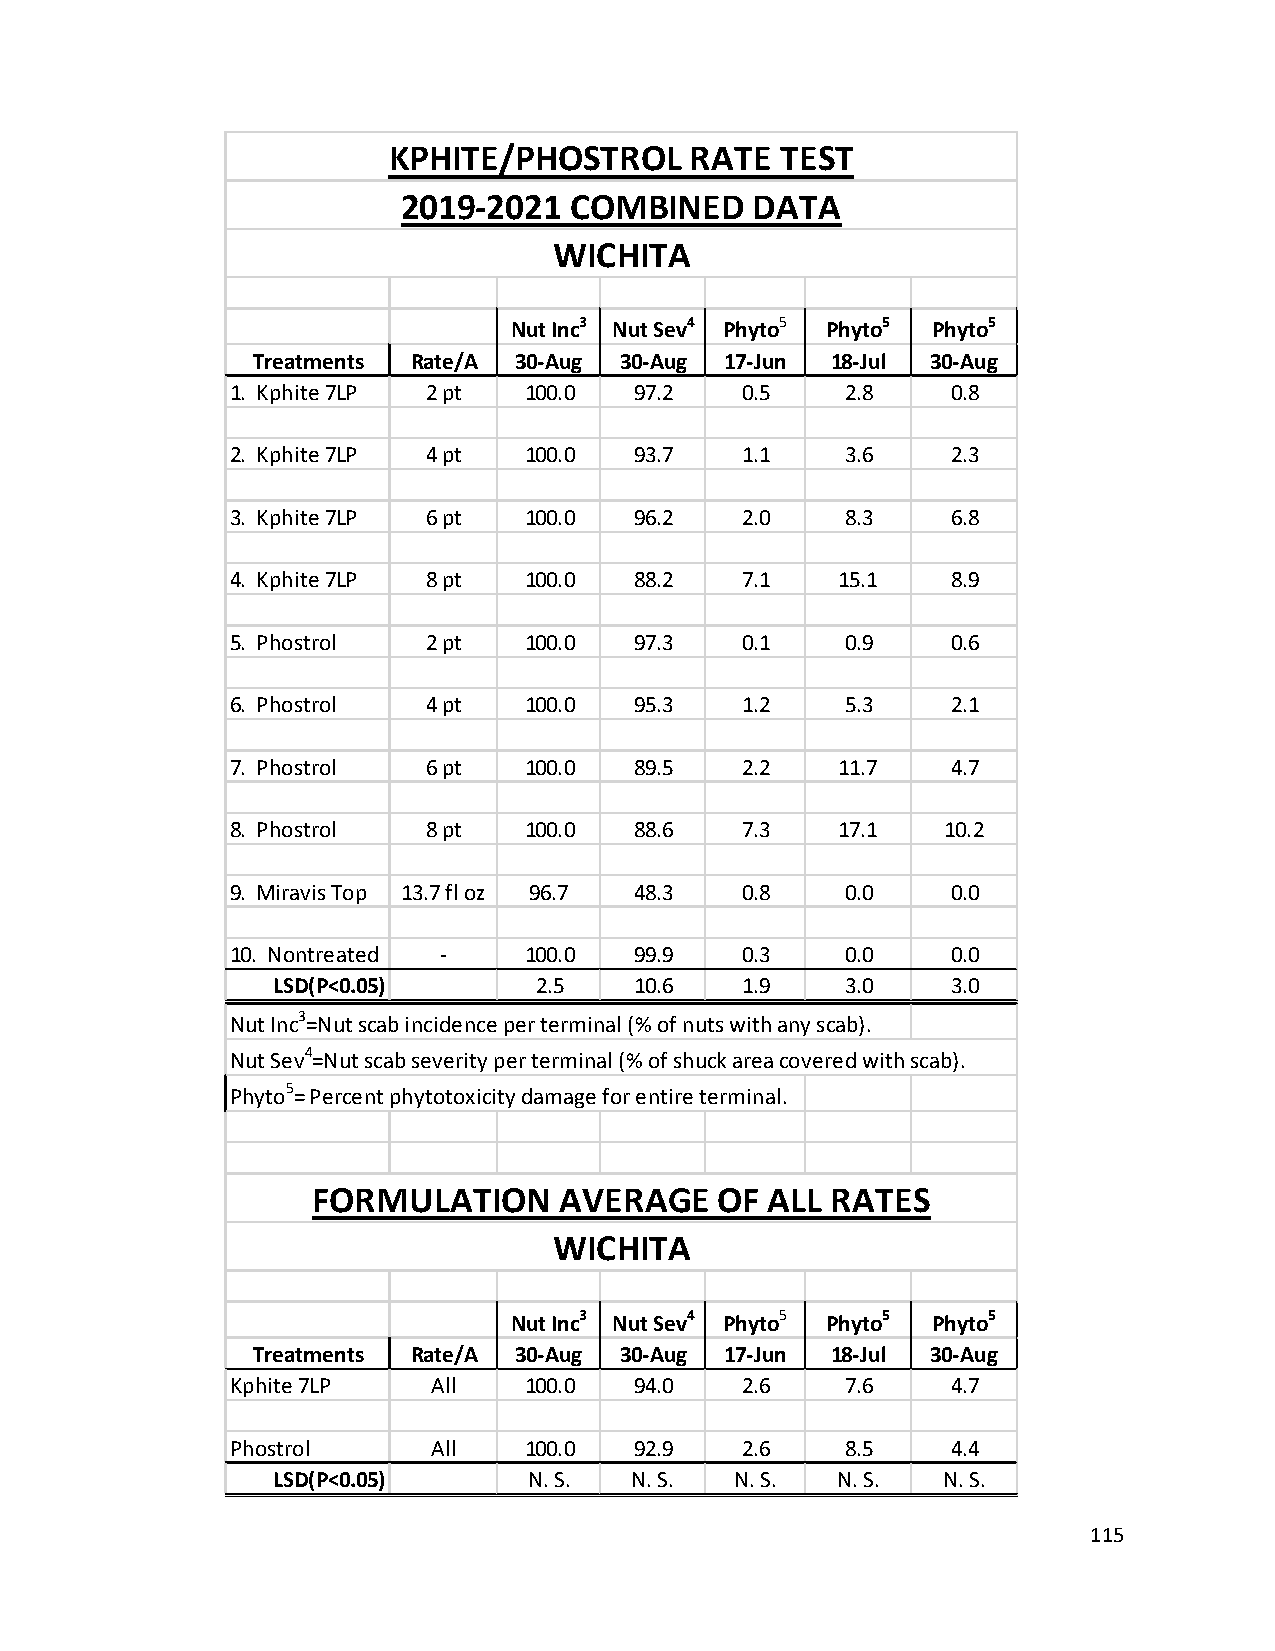
KPHITE/PHOSTROL     RATE  TEST
 2019-2021  COMBINED    DATA
 WICHITA
 Nut Inc3 Nut Sev4 Phyto5 Phyto5 Phyto5
 Treatments Rate/A 30-Aug 30-Aug 17-Jun 18-Jul 30-Aug
 1. Kphite 7LP 2 pt  100.0  97.2   0.5    2.8    0.8
 2. Kphite 7LP 4 pt  100.0  93.7   1.1    3.6    2.3
 3. Kphite 7LP 6 pt  100.0  96.2   2.0    8.3    6.8
 4. Kphite 7LP 8 pt  100.0  88.2   7.1    15.1   8.9
 5. Phostrol  2 pt   100.0  97.3   0.1    0.9    0.6
 6. Phostrol  4 pt   100.0  95.3   1.2    5.3    2.1
 7. Phostrol  6 pt   100.0  89.5   2.2    11.7   4.7
 8. Phostrol  8 pt   100.0  88.6   7.3    17.1   10.2
 9. Miravis Top 13.7 fl oz 96.7 48.3 0.8  0.0    0.0
 10. Nontreated -    100.0  99.9   0.3    0.0    0.0
 LSD(P<0.05)      2.5    10.6   1.9    3.0    3.0
 Nut Inc3=Nut scab incidence per terminal (% of nuts with any scab).
 Nut Sev4=Nut scab severity per terminal (% of shuck area covered with scab).
 Phyto5= Percent phytotoxicity damage for entire terminal.
 FORMULATION     AVERAGE    OF ALL RATES
 WICHITA
 Nut Inc3 Nut Sev4 Phyto5 Phyto5 Phyto5
 Treatments Rate/A 30-Aug 30-Aug 17-Jun 18-Jul 30-Aug
 Kphite 7LP    All   100.0  94.0   2.6    7.6    4.7
 Phostrol      All   100.0  92.9   2.6    8.5    4.4
 LSD(P<0.05)      N. S.  N. S.  N. S. N. S.  N. S.
 115